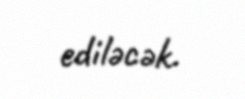
ediləcək.